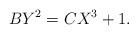
LaTeX: \begin{align*} BY^2 = CX^3 + 1.\end{align*}